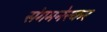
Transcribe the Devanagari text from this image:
संगमनेरकर